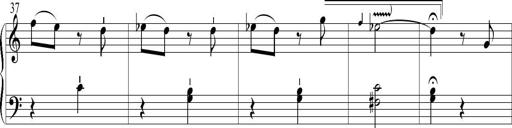
Title: 6 Leichte Sonatinen, Teil 1
Composer: F. Sigismund Sander